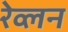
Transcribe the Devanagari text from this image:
रेव्लन